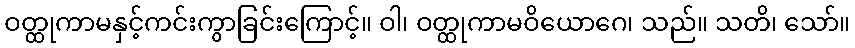
ဝတ္ထုကာမနှင့်ကင်းကွာခြင်းကြောင့်။ ဝါ၊ ဝတ္ထုကာမဝိယောဂေ၊ သည်။ သတိ၊ သော်။